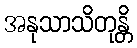
အနုသာသိတုန္တိ